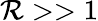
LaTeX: \mathcal{R}>>1